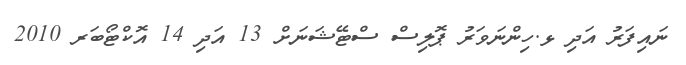
ނައިފަރު އަދި ޅ.ހިންނަވަރު ޕޮލިސް ސްޓޭޝަނަށް 13 އަދި 14 އޮކްޓޯބަރ 2010